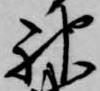
神